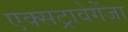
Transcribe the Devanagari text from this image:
एक्सट्रावेगेंजा